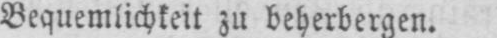
Bequemlichkeit zu beherbergen.